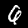
Label: 6